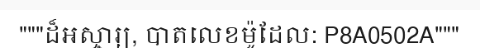
"""ដ៏អស្ចារ្យ, បាតលេខម៉ូដែល: P8A0502A"""